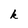
Character: k